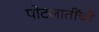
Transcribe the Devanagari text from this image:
पोटजातींची